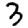
Digit: 3